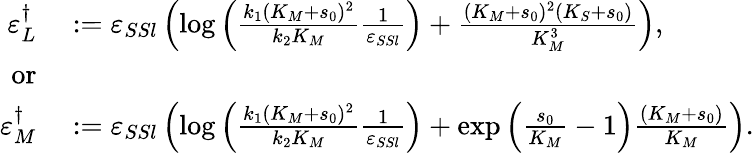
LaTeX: \begin{array}{rl}{\varepsilon_{L}^{\dagger}}&{{}:=\varepsilon_{SSl}\left(\log\left(\frac{k_{1}(K_{M}+s_{0})^{2}}{k_{2}K_{M}}\frac{1}{\varepsilon_{SSl}}\right)+\frac{(K_{M}+s_{0})^{2}(K_{S}+s_{0})}{K_{M}^{3}}\right),}\\ {\mathrm{or}}\\ {\varepsilon_{M}^{\dagger}}&{{}:=\varepsilon_{SSl}\left(\log\left(\frac{k_{1}(K_{M}+s_{0})^{2}}{k_{2}K_{M}}\frac{1}{\varepsilon_{SSl}}\right)+\exp\left(\frac{s_{0}}{K_{M}}-1\right)\frac{(K_{M}+s_{0})}{K_{M}}\right).}\end{array}